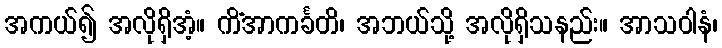
အကယ်၍ အလိုရှိအံ့။ ကိံအာကင်္ခတိ၊ အဘယ်သို့ အလိုရှိသနည်း။ အာသဝါနံ၊